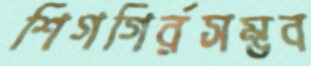
শিগগির্রসম্ভব